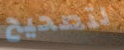
لتصحيح